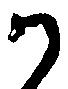
か